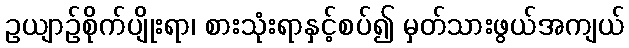
ဥယျာဉ်စိုက်ပျိုးရာ၊ စားသုံးရာနှင့်စပ်၍ မှတ်သားဖွယ်အကျယ်